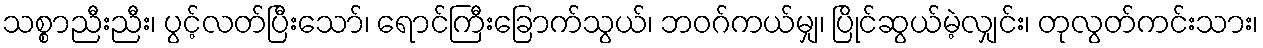
သစ္စာညီးညီး၊ ပွင့်လတ်ပြီးသော်၊ ရောင်ကြီးခြောက်သွယ်၊ ဘဝဂ်ကယ်မျှ၊ ပြိုင်ဆွယ်မဲ့လျှင်း၊ တုလွတ်ကင်းသား၊